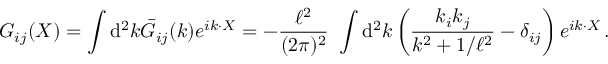
G _ { i j } ( X ) = \int \ensuremath { \operatorname { d } \! { } ^ { 2 } } k \bar { G } _ { i j } ( k ) e ^ { i k \cdot X } = - \frac { \ell ^ { 2 } } { ( 2 \pi ) ^ { 2 } } \ \int \ensuremath { \operatorname { d } \! { } ^ { 2 } } k \left( \frac { k _ { i } k _ { j } } { k ^ { 2 } + 1 / \ell ^ { 2 } } - \delta _ { i j } \right) e ^ { i k \cdot X } \, .